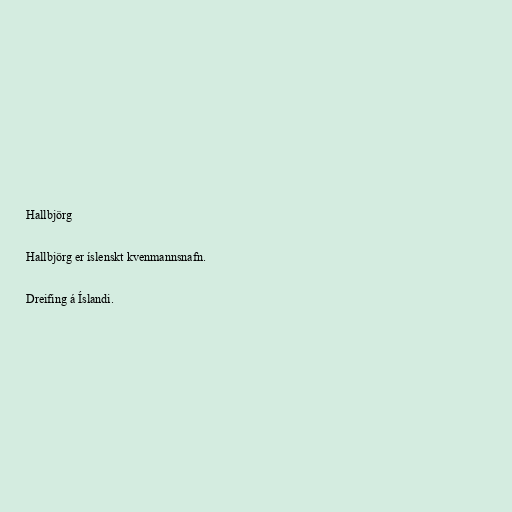
Hallbjörg

Hallbjörg er íslenskt kvenmannsnafn.

Dreifing á Íslandi.